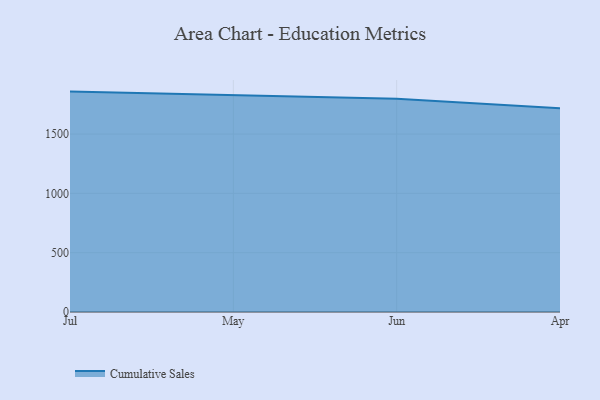
{"axis": {"x": "Month", "y": "Conversion Rate (%)"}, "legend": ["Cumulative Sales"], "data": [{"x": "Jul", "y": 1857.9, "type": "Cumulative Sales"}, {"x": "May", "y": 1830.2, "type": "Cumulative Sales"}, {"x": "Jun", "y": 1797.9, "type": "Cumulative Sales"}, {"x": "Apr", "y": 1717.2, "type": "Cumulative Sales"}]}